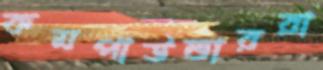
কমপাউন্ডাররা